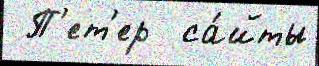
 П'ет'ер  са́йты